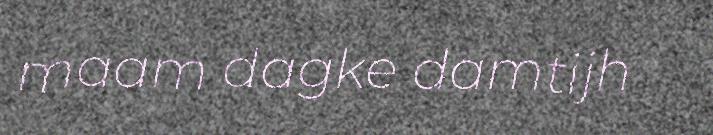
maam dagke damtijh